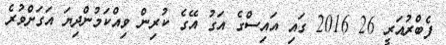
ފެބްރުއަރީ 26 2016 ގައި އައިސްގެ އަގު އޭގެ ކުރިން ވިއްކަމުންދިޔަ އަގަށްވުރެ